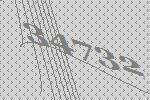
34732